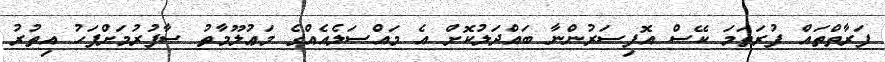
ފަރާތްތައް ފުރަތަމަ ކޭސް އޮފިސަރުންނާ ބައްދަލުކޮށް އެ މައްސަލެއެއްގެ މަޢުލޫމާތު ސާފުރުމަށްފަހު އިތުރު